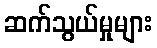
ဆက်သွယ်မှုများ